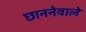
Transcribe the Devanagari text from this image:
छाननेवाले